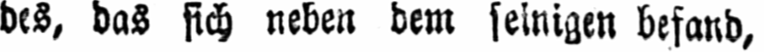
des, das sich neben dem seinigen befand,